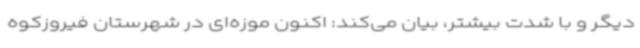
دیگر و با شدت بیشتر، بیان می‌کند: اکنون موزه‌ای در شهرستان فیروزکوه